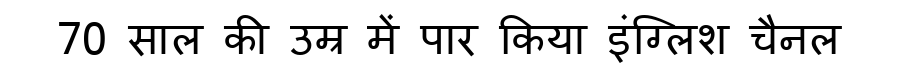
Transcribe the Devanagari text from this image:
70 साल की उम्र में पार किया इंग्लिश चैनल